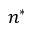
n ^ { * }